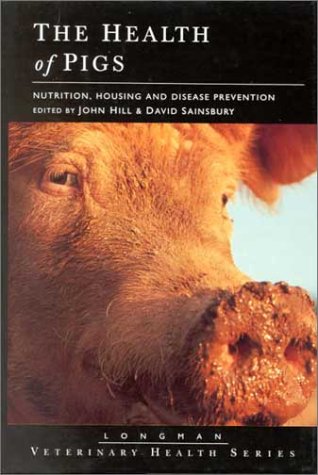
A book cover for The Health of Pigs: Nutrition, Housing and Disease Prevention (Veterinary Health Series); John Hill; Medical Books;